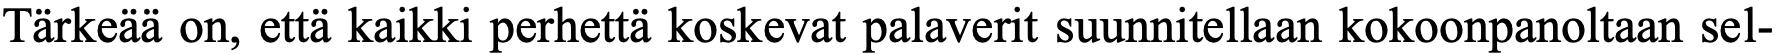
Tärkeää on, että kaikki perhettä koskevat palaverit suunnitellaan kokoonpanoltaan sel-